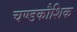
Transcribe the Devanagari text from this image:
चण्डकौशिक